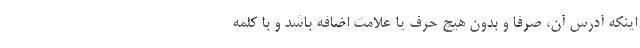
اینکه آدرس آن، صرفاً و بدون هیچ حرف یا علامت اضافه باشد و با کلمه